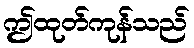
ဤထုတ်ကုန်သည်